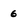
Character: 6